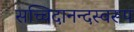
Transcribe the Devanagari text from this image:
सच्चिदानन्दस्वरूपं